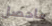
ماحصل